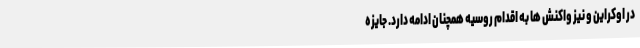
در اوکراین و نیز واکنش ها به اقدام روسیه همچنان ادامه دارد. جایزه